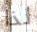
لذا